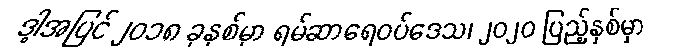
ဒါ့အပြင် ၂၀၁၈ ခုနှစ်မှာ ရမ်ဆာရေဝပ်ဒေသ၊ ၂၀၂၀ ပြည့်နှစ်မှာ